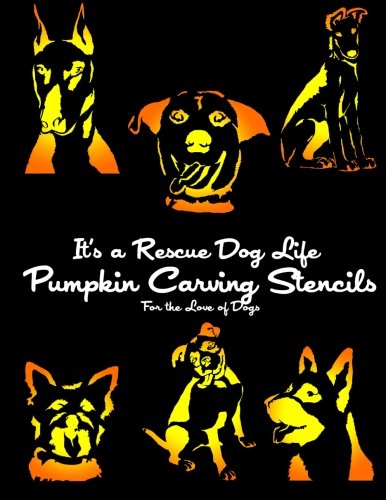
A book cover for It's a Rescue Dog Life Pumpkin Carving Stencils: For the Love of Dogs (Dog Pumpkin Carving Stencils); It's a Rescue Dog Life; Crafts, Hobbies & Home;